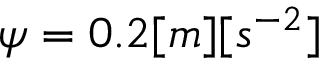
\psi = 0 . 2 [ m ] [ s ^ { - 2 } ]